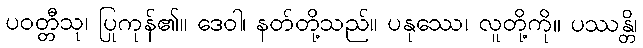
ပဝတ္တီသု၊ ပြုကုန်၏။ ဒေဝါ၊ နတ်တို့သည်။ ပနုဿေ၊ လူတို့ကို။ ပဿန္တိ၊